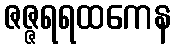
ဇဇ္ဇရရထကေန